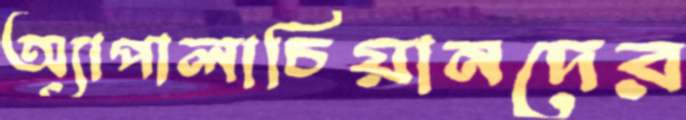
অ্যাপালাচিয়ানদের